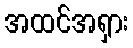
အထင်အရှား